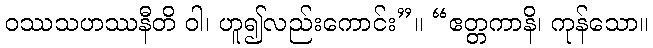
ဝဿသဟဿနီတိ ဝါ၊ ဟူ၍လည်းကောင်း”။ “ဧတ္တကာနိ၊ ကုန်သော။